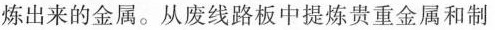
炼出来的金属。从废线路板中提炼贵重金属和制